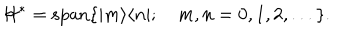
LaTeX: \mathcal { H } ^ { * } = \mathrm { s p a n } \{ | m \rangle \langle n | ; \quad m , n = 0 , 1 , 2 , . . . \} .